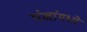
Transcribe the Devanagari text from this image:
पंखांमध्ये